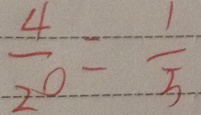
\frac { 4 } { 2 0 } = \frac { 1 } { 5 }